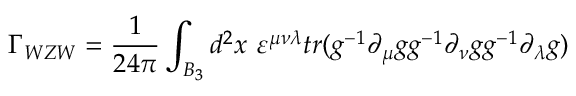
\Gamma _ { W Z W } = { \frac { 1 } { 2 4 \pi } } \int _ { B _ { 3 } } d ^ { 2 } x \ \varepsilon ^ { \mu \nu \lambda } { t r ( g ^ { - 1 } \partial _ { \mu } g g ^ { - 1 } \partial _ { \nu } g g ^ { - 1 } \partial _ { \lambda } g ) }